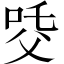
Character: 𤕔